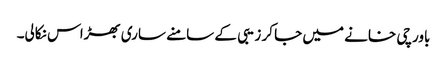
باورچی خانے میں جا کر زیبی کے سامنے ساری بھڑاس نکالی۔